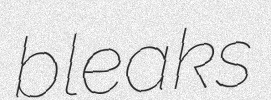
bleaks